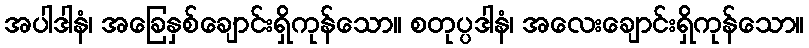
အပါဒါနံ၊ အခြေနှစ်ချောင်းရှိကုန်သော။ စတုပ္ပဒါနံ၊ အလေးချောင်းရှိကုန်သော။